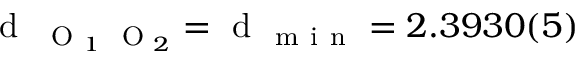
\mathrm { ~ d ~ } _ { \mathrm { ~ \scriptsize ~ O ~ } _ { 1 } \mathrm { ~ \scriptsize ~ O ~ } _ { 2 } } = \mathrm { ~ d ~ } _ { \mathrm { ~ m ~ i ~ n ~ } } = 2 . 3 9 3 0 ( 5 )